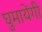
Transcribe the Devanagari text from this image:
घुमायेंगी